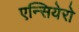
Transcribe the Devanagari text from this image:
एन्सियेरो